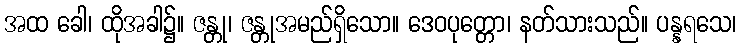
အထ ခေါ၊ ထိုအခါ၌။ ဇန္တု၊ ဇန္တုအမည်ရှိသော။ ဒေဝပုတ္တော၊ နတ်သားသည်။ ပန္နရသေ၊